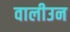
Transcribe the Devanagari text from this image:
वालीउन